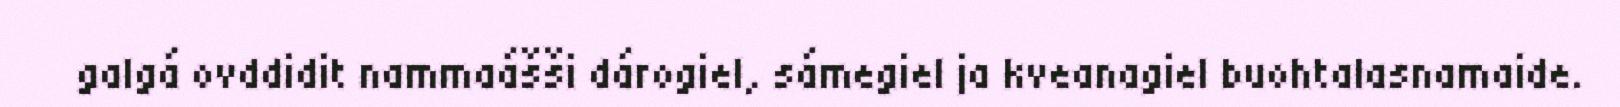
galgá ovddidit nammaášši dárogiel, sámegiel ja kveanagiel buohtalasnamaide.